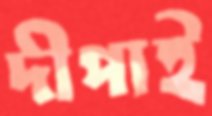
দীপাই